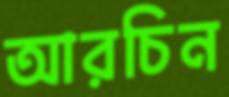
আরচিন